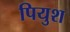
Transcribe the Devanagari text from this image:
पियुश